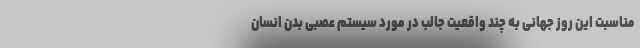
مناسبت این روز جهانی به چند واقعیت جالب در مورد سیستم عصبی بدن انسان